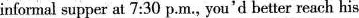
informal supper at 7:30 p.M., you'd better reach his